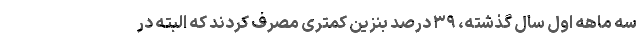
سه ماهه اول سال گذشته، ۳۹ درصد بنزین کمتری مصرف کردند که البته در